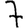
Digit: 7